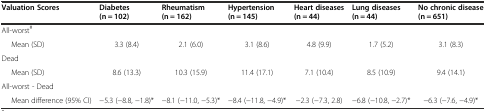
<table><thead><tr><td><b>Valuation Scores</b></td><td><b>Diabetes (n = 102)</b></td><td><b>Rheumatism (n = 162)</b></td><td><b>Hypertension (n = 145)</b></td><td><b>Heart diseases (n = 44)</b></td><td><b>Lung diseases (n = 44)</b></td><td><b>No chronic disease (n = 651)</b></td></tr></thead><tbody><tr><td>All-worst<sup>#</sup></td><td></td><td></td><td></td><td></td><td></td><td></td></tr><tr><td>Mean (SD)</td><td>3.3 (8.4)</td><td>2.1 (6.0)</td><td>3.1 (8.6)</td><td>4.8 (9.9)</td><td>1.7 (5.2)</td><td>3.1 (8.3)</td></tr><tr><td>Dead</td><td></td><td></td><td></td><td></td><td></td><td></td></tr><tr><td>Mean (SD)</td><td>8.6 (13.3)</td><td>10.3 (15.9)</td><td>11.4 (17.1)</td><td>7.1 (10.4)</td><td>8.5 (10.9)</td><td>9.4 (14.1)</td></tr><tr><td>All-worst - Dead</td><td></td><td></td><td></td><td></td><td></td><td></td></tr><tr><td>Mean difference (95% CI)</td><td>−5.3 (−8.8, −1.8)*</td><td>−8.1 (−11.0, −5.3)*</td><td>−8.4 (−11.8, −4.9)*</td><td>−2.3 (−7.3, 2.8)</td><td>−6.8 (−10.8, −2.7)*</td><td>−6.3 (−7.6, −4.9)*</td></tr></tbody></table>